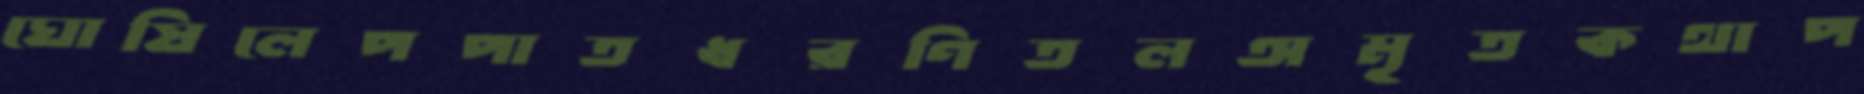
ঘোষিলেপপাতধরণিতলঅমৃতকথাপ